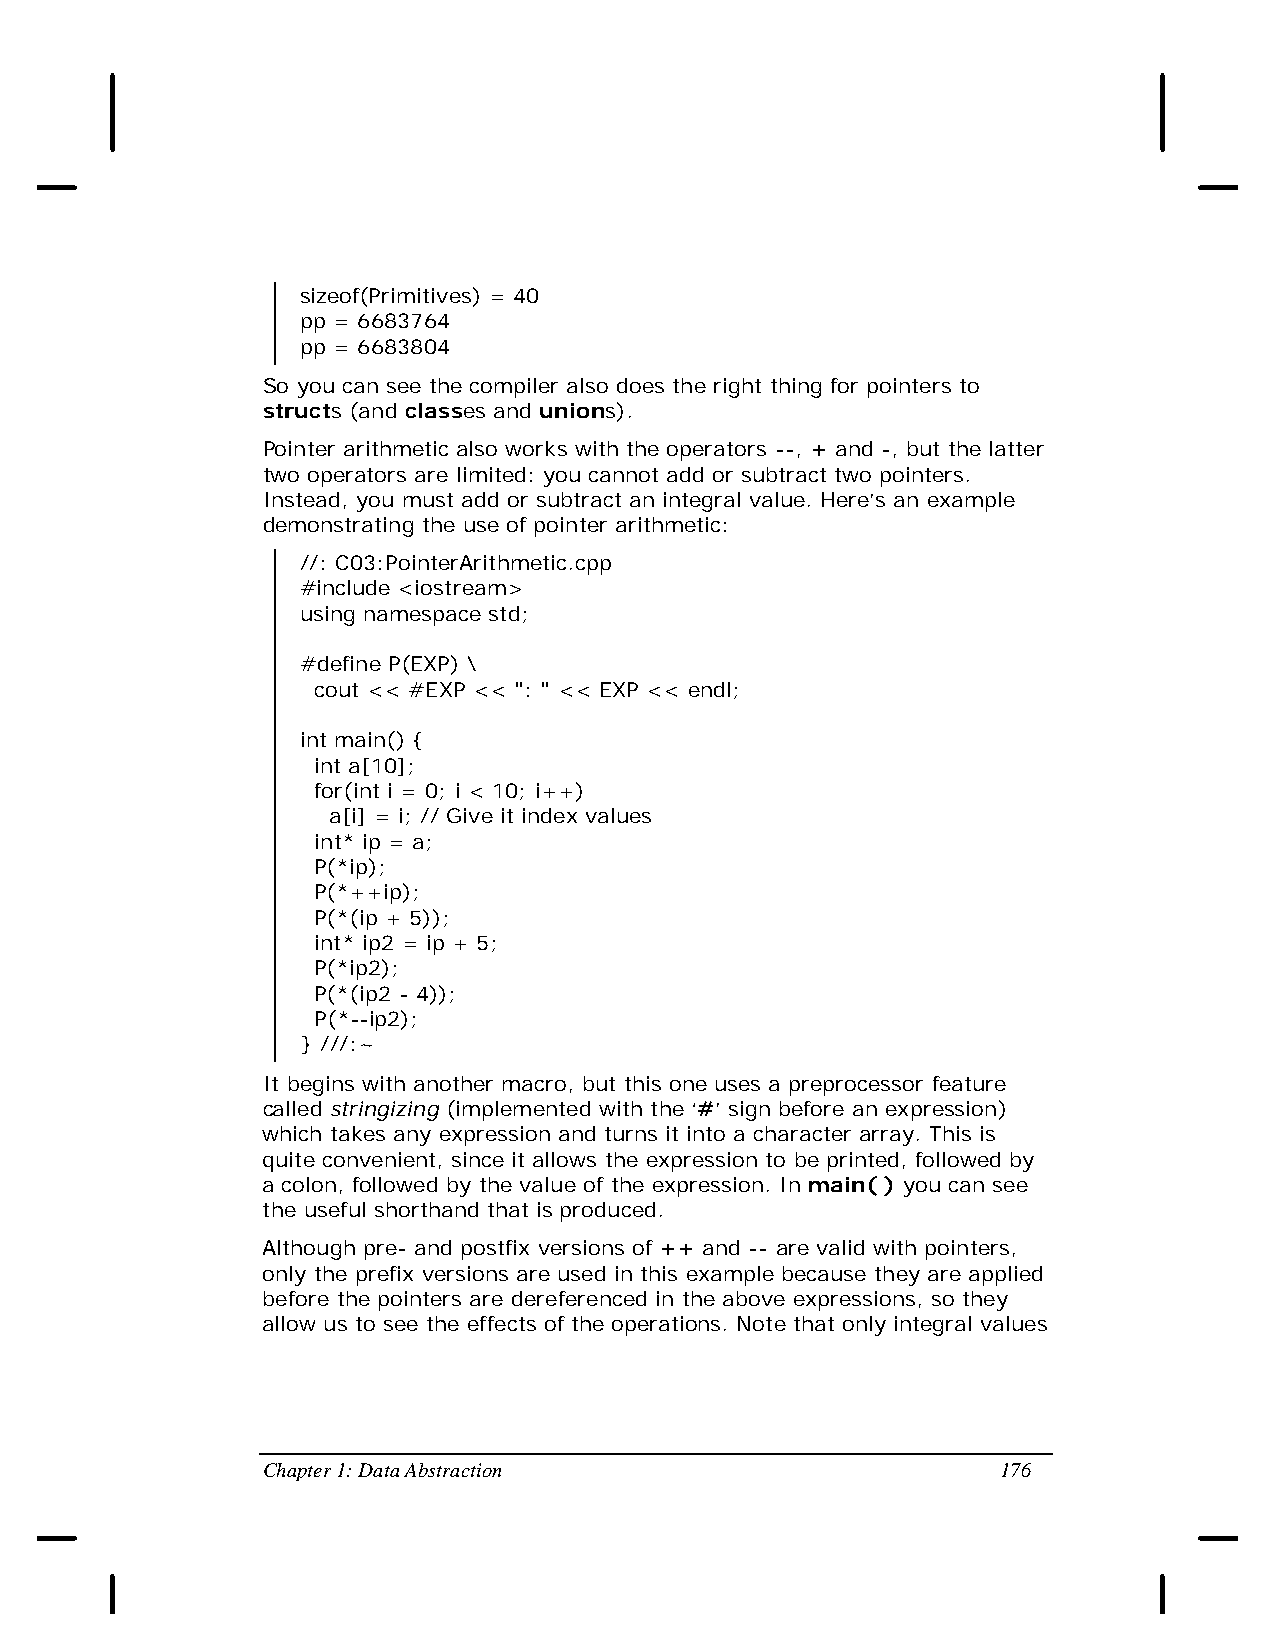
sizeof(Primitives) = 40
 pp = 6683764
 pp = 6683804
 So you can see the compiler also does the right thing for pointers to
 structs (and classes and unions).
 Pointer arithmetic also works with the operators --, + and -, but the latter
 two operators are limited: you cannot add or subtract two pointers.
 Instead, you must add or subtract an integral value. Here’s an example
 demonstrating the use of pointer arithmetic:
 //: C03:PointerArithmetic.cpp
 #include <iostream>
 using namespace std;
 #define P(EXP) \
 cout << #EXP << ": " << EXP << endl;
 int main() {
 int a[10];
 for(int i = 0; i < 10; i++)
 a[i] = i; // Give it index values
 int* ip = a;
 P(*ip);
 P(*++ip);
 P(*(ip + 5));
 int* ip2 = ip + 5;
 P(*ip2);
 P(*(ip2 - 4));
 P(*--ip2);
 } ///:~
 It begins with another macro, but this one uses a preprocessor feature
 called stringizing (implemented with the ‘#’ sign before an expression)
 which takes any expression and turns it into a character array. This is
 quite convenient, since it allows the expression to be printed, followed by
 a colon, followed by the value of the expression. In main( ) you can see
 the useful shorthand that is produced.
 Although pre- and postfix versions of ++ and -- are valid with pointers,
 only the prefix versions are used in this example because they are applied
 before the pointers are dereferenced in the above expressions, so they
 allow us to see the effects of the operations. Note that only integral values
 Chapter 1: Data Abstraction                      176